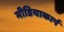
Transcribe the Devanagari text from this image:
मीडियाकार्प